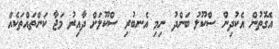
އެގޮތުން އެކުދިން ސްކޫލު ބަންދު ނިމި އެނބުރި ސްކޫލަށް ދާއިރު މަޖާ ކަންތައްތަކެއް